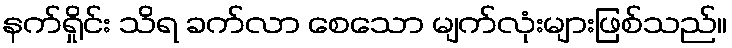
နက်ရှိုင်း သိရ ခက်လာ စေသော မျက်လုံးများဖြစ်သည်။